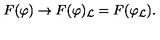
F ( \varphi ) \to F ( \varphi ) _ { \mathcal { L } } = F ( \varphi _ { \mathcal { L } } ) .